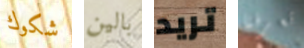
شكوك بالين تريد تعرفنا